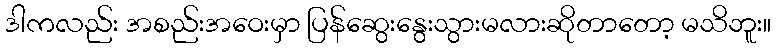
ဒါကလည်း အစည်းအဝေးမှာ ပြန်ဆွေးနွေးသွားမလားဆိုတာတော့ မသိဘူး။